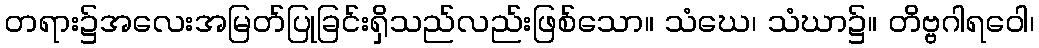
တရား၌အလေးအမြတ်ပြုခြင်းရှိသည်လည်းဖြစ်သော။ သံဃေ၊ သံဃာ၌။ တိဗ္ဗဂါရဝေါ၊